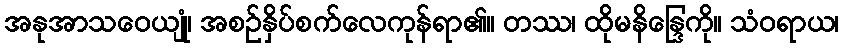
အနုအာသဝေယျုံ၊ အစဉ်နှိပ်စက်လေကုန်ရာ၏။ တဿ၊ ထိုမနိန္ဒြေကို။ သံဝရာယ၊